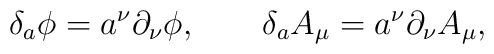
\delta _{a}\phi =a^{\nu }\partial _{\nu }\phi ,\qquad \delta _{a}A_{\mu}=a^{\nu }\partial _{\nu }A_{\mu },